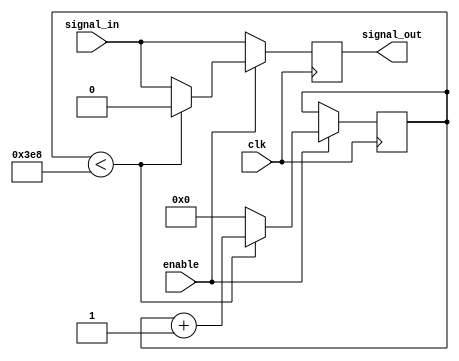
module Transmission_Gate_Delay (
    input wire clk,
    input wire enable,
    input wire signal_in,
    output reg signal_out
);

// Initialize delay counter
reg [31:0] delay_counter = 0;

// Transmission gate delay logic
always @(posedge clk) begin
    if (enable) begin
        if (delay_counter < 1000) begin // Adjust delay length as needed
            signal_out <= 1'b0;
            delay_counter <= delay_counter + 1;
        end else begin
            signal_out <= signal_in;
            delay_counter <= 0;
        end
    end else begin
        signal_out <= signal_in;
    end
end

endmodule